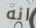
انه